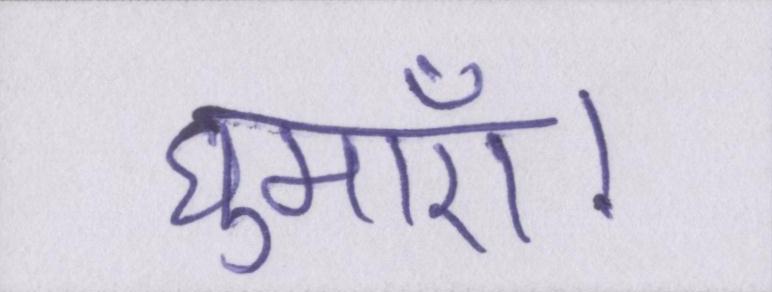
घुमाएँ।